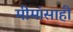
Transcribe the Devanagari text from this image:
मीमांसाही